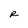
Character: R